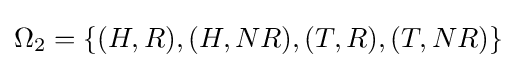
\Omega _{2}=\{(H,R),(H,NR),(T,R),(T,NR)\}